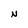
Character: N